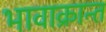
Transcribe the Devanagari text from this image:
भावाक्रान्त